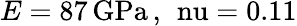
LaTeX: E=87\, \mathrm{{GPa}\, ,\, \ nu=0.11}